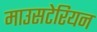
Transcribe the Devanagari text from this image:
माउसटेरियन